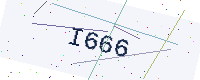
Text: I666